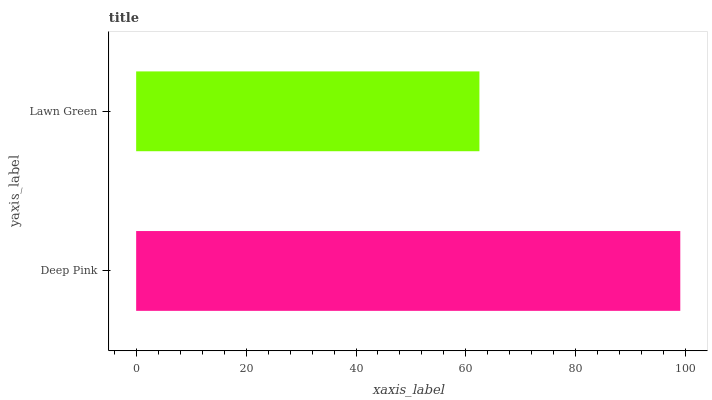
| yaxis_label | bars |
 | --- | --- |
 | Deep Pink | 99 |
 | Lawn Green | 62.5 |